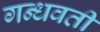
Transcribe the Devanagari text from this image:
गन्धवती